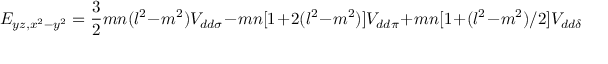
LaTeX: E _ { y z , x ^ { 2 } - y ^ { 2 } } = { \frac { 3 } { 2 } } m n ( l ^ { 2 } - m ^ { 2 } ) V _ { d d \sigma } - m n [ 1 + 2 ( l ^ { 2 } - m ^ { 2 } ) ] V _ { d d \pi } + m n [ 1 + ( l ^ { 2 } - m ^ { 2 } ) / 2 ] V _ { d d \delta }